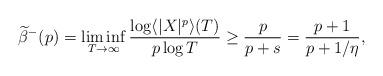
LaTeX: \begin{align*}\widetilde{\beta}^-(p)=\liminf_{T \to \infty} \frac{\log \langle|X|^p\rangle(T)}{p \log T}\geq \frac{p}{p + s}=\frac{p + 1}{p + 1/\eta},\end{align*}